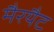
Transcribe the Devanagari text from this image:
मैरयैट